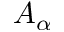
A _ { \alpha }